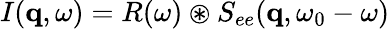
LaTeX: I(\mathbf{q},\omega)=R(\omega)\circledast S_{ee}(\mathbf{q},\omega_{0}-\omega)